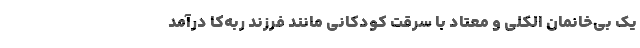
یک بی‌خانمان الکلی و معتاد با سرقت کودکانی مانند فرزند ربه‌کا درآمد